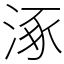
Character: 涿